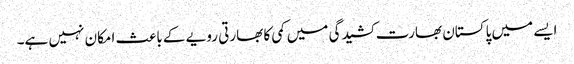
ایسے میں پاکستان بھارت کشیدگی میں کمی کا بھارتی رویے کے باعث امکان نہیں ہے۔